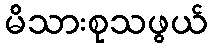
မိသားစုသဖွယ်